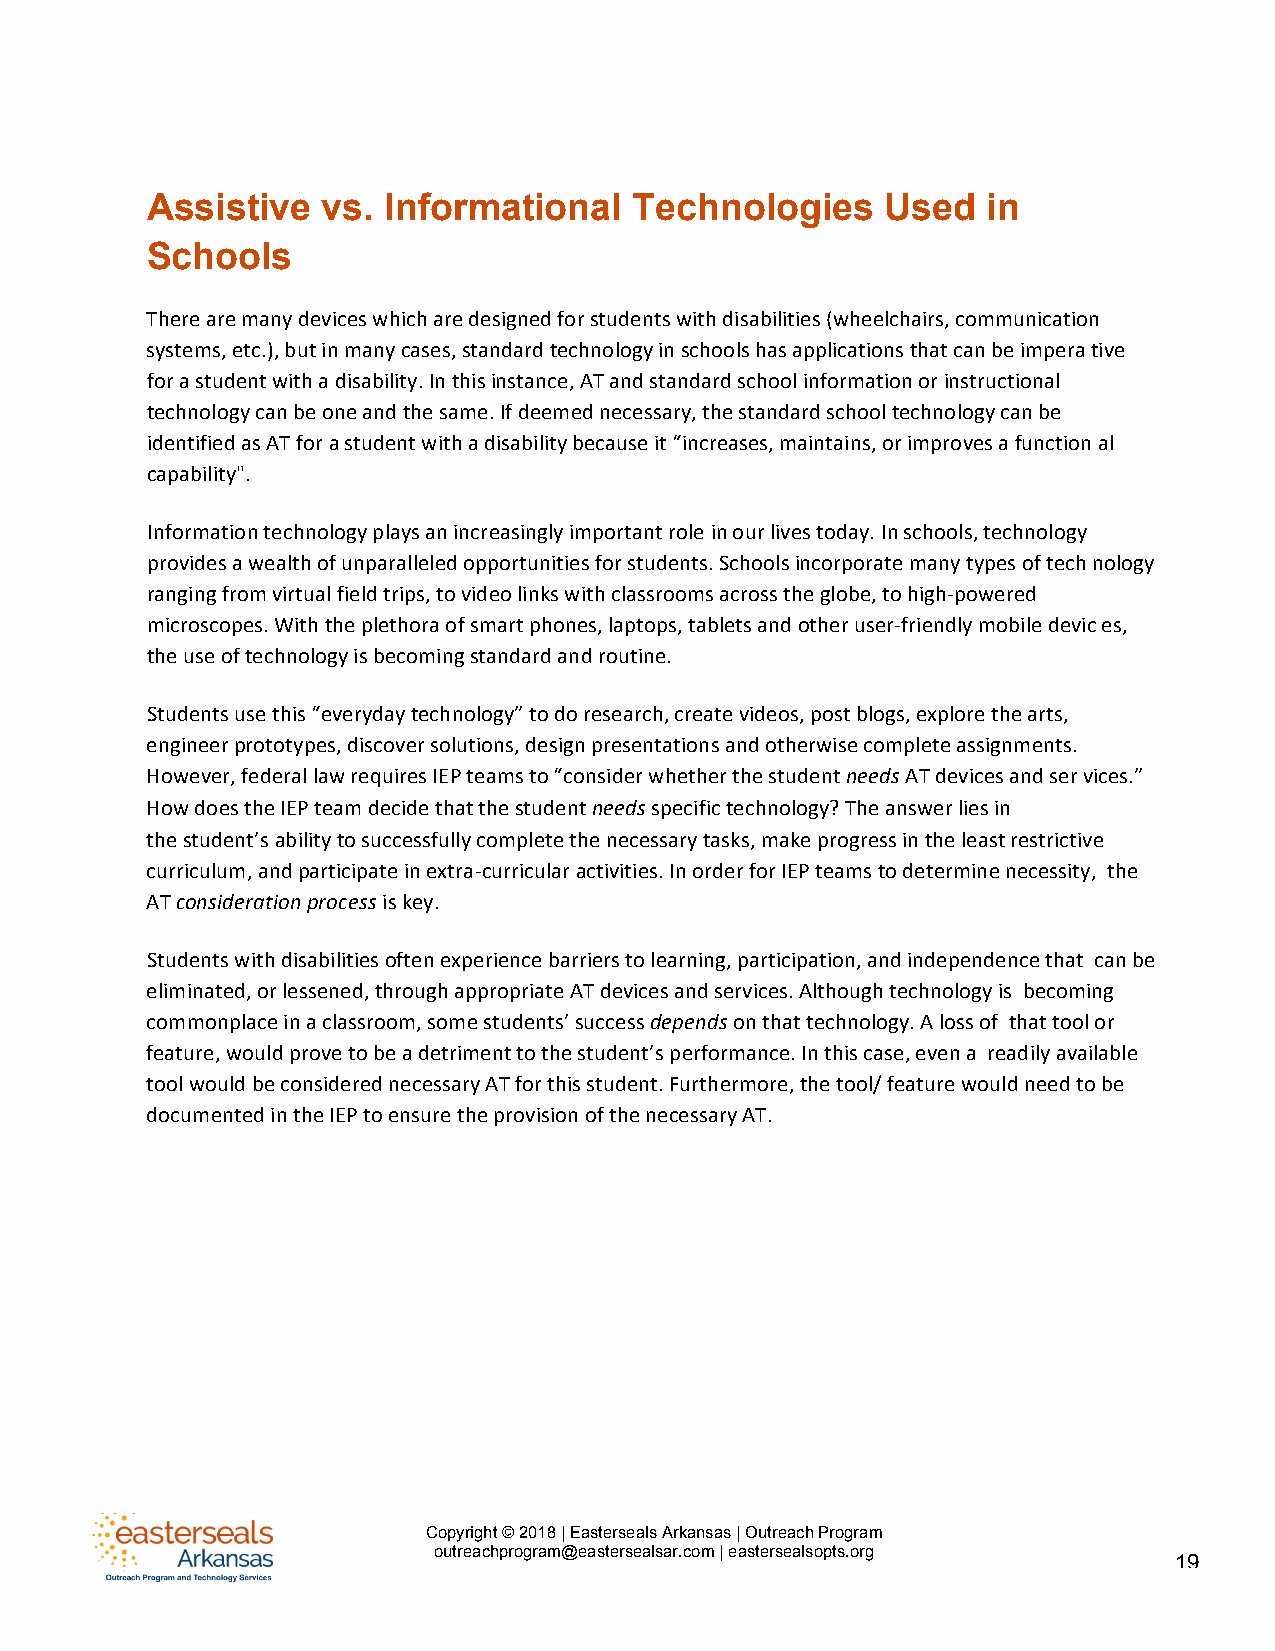
Assistive  vs. Informational    Technologies     Used  in
 Schools
 There are many devices which are designed for students with disabilities (wheelchairs, communication
 systems, etc.), but in many cases, standard technology in schools has applications that can be impera tive
 for a student with a disability. In this instance, AT and standard school information or instructional
 technology can be one and the same. If deemed necessary, the standard school technology can be
 identified as AT for a student with a disability because it “increases, maintains, or improves a function al
 capability".
 Information technology plays an increasingly important role in our lives today. In schools, technology
 provides a wealth of unparalleled opportunities for students. Schools incorporate many types of tech nology
 ranging from virtual field trips, to video links with classrooms across the globe, to high-powered
 microscopes. With the plethora of smart phones, laptops, tablets and other user-friendly mobile devic es,
 the use of technology is becoming standard and routine.
 Students use this “everyday technology” to do research, create videos, post blogs, explore the arts,
 engineer prototypes, discover solutions, design presentations and otherwise complete assignments.
 However, federal law requires IEP teams to “consider whether the student needs AT devices and ser vices.”
 How does the IEP team decide that the student needs specific technology? The answer lies in
 the student’s ability to successfully complete the necessary tasks, make progress in the least restrictive
 curriculum, and participate in extra-curricular activities. In order for IEP teams to determine necessity, the
 AT consideration process is key.
 Students with disabilities often experience barriers to learning, participation, and independence that can be
 eliminated, or lessened, through appropriate AT devices and services. Although technology is becoming
 commonplace in a classroom, some students’ success depends on that technology. A loss of that tool or
 feature, would prove to be a detriment to the student’s performance. In this case, even a readily available
 tool would be considered necessary AT for this student. Furthermore, the tool/ feature would need to be
 documented in the IEP to ensure the provision of the necessary AT.
 Copyright © 2018 | Easterseals Arkansas | Outreach Program
 outreachprogram@eastersealsar.com | eastersealsopts.org
 19